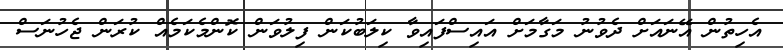
އެހިތުން އޭނައަށް ދެވުނު މަގާމަށް އައިސްފައިވާ ކިލަބުކަން ފިލުވަން ކޮންމެކަމެއް ކުރަން ޖެހުނަސް